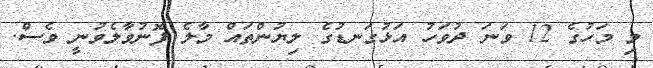
މި މަހުގެ 12 ވަނަ ދުވަހު އަޅުގަނޑުގެ ލިޔުންތައް މާލެ ފޮނުވާލެވުނީ ވެސް.